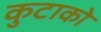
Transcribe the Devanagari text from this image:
कुटाको